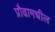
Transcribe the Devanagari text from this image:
प्रौढामधील